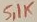
Text: 5,1K